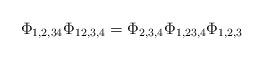
LaTeX: \begin{align*}\Phi_{1,2,34}\Phi_{12,3,4}=\Phi_{2,3,4}\Phi_{1,23,4}\Phi_{1,2,3}\end{align*}